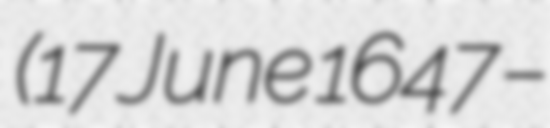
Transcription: (17 June 1647 –